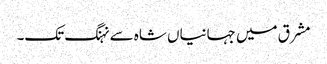
مشرق میں جہانیاں شاہ سے نہنگ تک۔